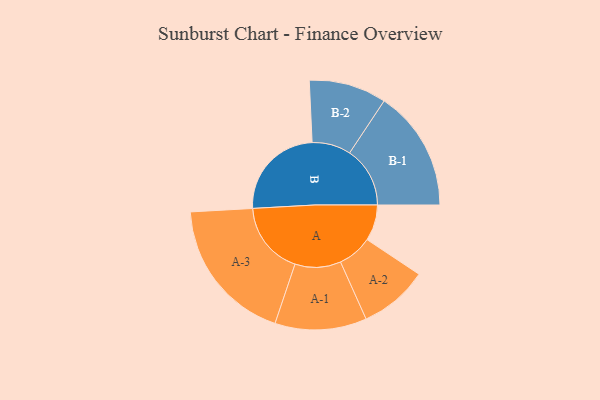
{"axis": {"x": "Segment", "y": "Value"}, "legend": ["", "A", "B"], "data": [{"x": "A", "y": 143, "type": ""}, {"x": "B", "y": 385, "type": ""}, {"x": "A-1", "y": 182, "type": "A"}, {"x": "A-2", "y": 137, "type": "A"}, {"x": "A-3", "y": 290, "type": "A"}, {"x": "B-1", "y": 240, "type": "B"}, {"x": "B-2", "y": 154, "type": "B"}]}